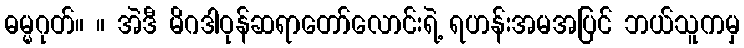
ဓမ္မဂုတ်။ ။ အဲဒီ မိဂဒါဝုန်ဆရာတော်လောင်းရဲ့ ရဟန်းအမအပြင် ဘယ်သူကမှ